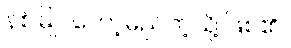
နစ်မြုပ်တော့မည်ကဲ့သို့ ဖြစ်၏။